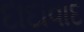
દાદાવાદ